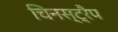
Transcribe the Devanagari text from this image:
चिनस्ट्रैप